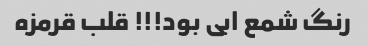
رنگ شمع ابی بود!!! قلب قرمزه